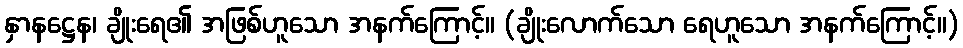
နှာနဋ္ဌေန၊ ချိုးရေ၏ အဖြစ်ဟူသော အနက်ကြောင့်။ (ချိုးလောက်သော ရေဟူသော အနက်ကြောင့်။)